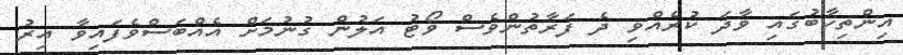
އިންތިހާބުގައި ވާދަ ކުރެއްވި ދެ ފަރާތުންވެސް ވޯޓު އަލުން ގުނުމަށް އެއްބަސްވެފައިވާ އިރު